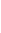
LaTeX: B\! \! \! \! \! \! \! \! \! \! \! \! _{i}\! \! \! \! \! \! \! \! \! \! \! \! =B\! \! \! \! \! \! \! \! \! \! \! \! _{r\! \! \! \! \! \! \! \! \! \! \! \! _{i}}\! \! \! \! \! \! \! \! \! \! \! \! (\! \! \! \! \! \! \! \! \! \! \! \! \Phi\! \! \! \! \! \! \! \! \! \! \! \! ^{i}\! \! \! \! \! \! \! \! \! \! \! \! (p\! \! \! \! \! \! \! \! \! \! \! \! _{i}\! \! \! \! \! \! \! \! \! \! \! \! )\! \! \! \! \! \! \! \! \! \! \! \! )\! \! \! \! \! \! \! \! \! \! \! \! \subset\! \! \! \! \! \! \! \! \! \! \! \! D\! \! \! \! \! \! \! \! \! \! \! \! ^{i}\! \! \! \! \! \! \! \! \! \! \! \! :\! \! \! \! \! \! \! \! \! \! \! \! =\! \! \! \! \! \! \! \! \! \! \! \! \Phi\! \! \! \! \! \! \! \! \! \! \! \! ^{i}\! \! \! \! \! \! \! \! \! \! \! \! (U\! \! \! \! \! \! \! \! \! \! \! \! ^{i}\! \! \! \! \! \! \! \! \! \! \! \! )\! \! \! \! \! \! \! \! \! \! \!